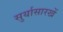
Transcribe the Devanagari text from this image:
सुर्यासारखें